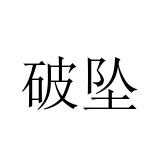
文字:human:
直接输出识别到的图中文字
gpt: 破坠